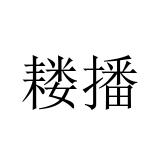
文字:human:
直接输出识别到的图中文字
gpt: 耧播